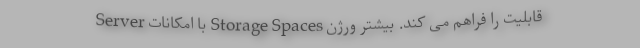
Server با امکانات Storage Spaces قابلیت را فراهم می کند. بیشتر ورژن